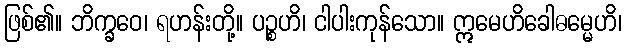
ဖြစ်၏။ ဘိက္ခဝေ၊ ရဟန်းတို့။ ပဉ္စဟိ၊ ငါပါးကုန်သော။ ဣမေဟိခေါဓမ္မေဟိ၊